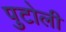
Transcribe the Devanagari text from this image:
पुटोली